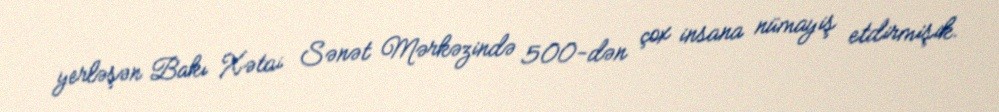
yerləşən Bakı Xətai Sənət Mərkəzində 500-dən çox insana nümayiş etdirmişik.